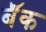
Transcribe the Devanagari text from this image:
बॅँक